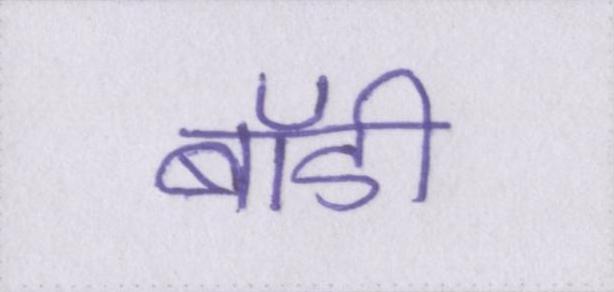
बॉडी